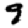
Digit: 9